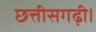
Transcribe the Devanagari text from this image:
छत्तीसगढ़ी।